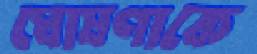
ঘোষণাকে